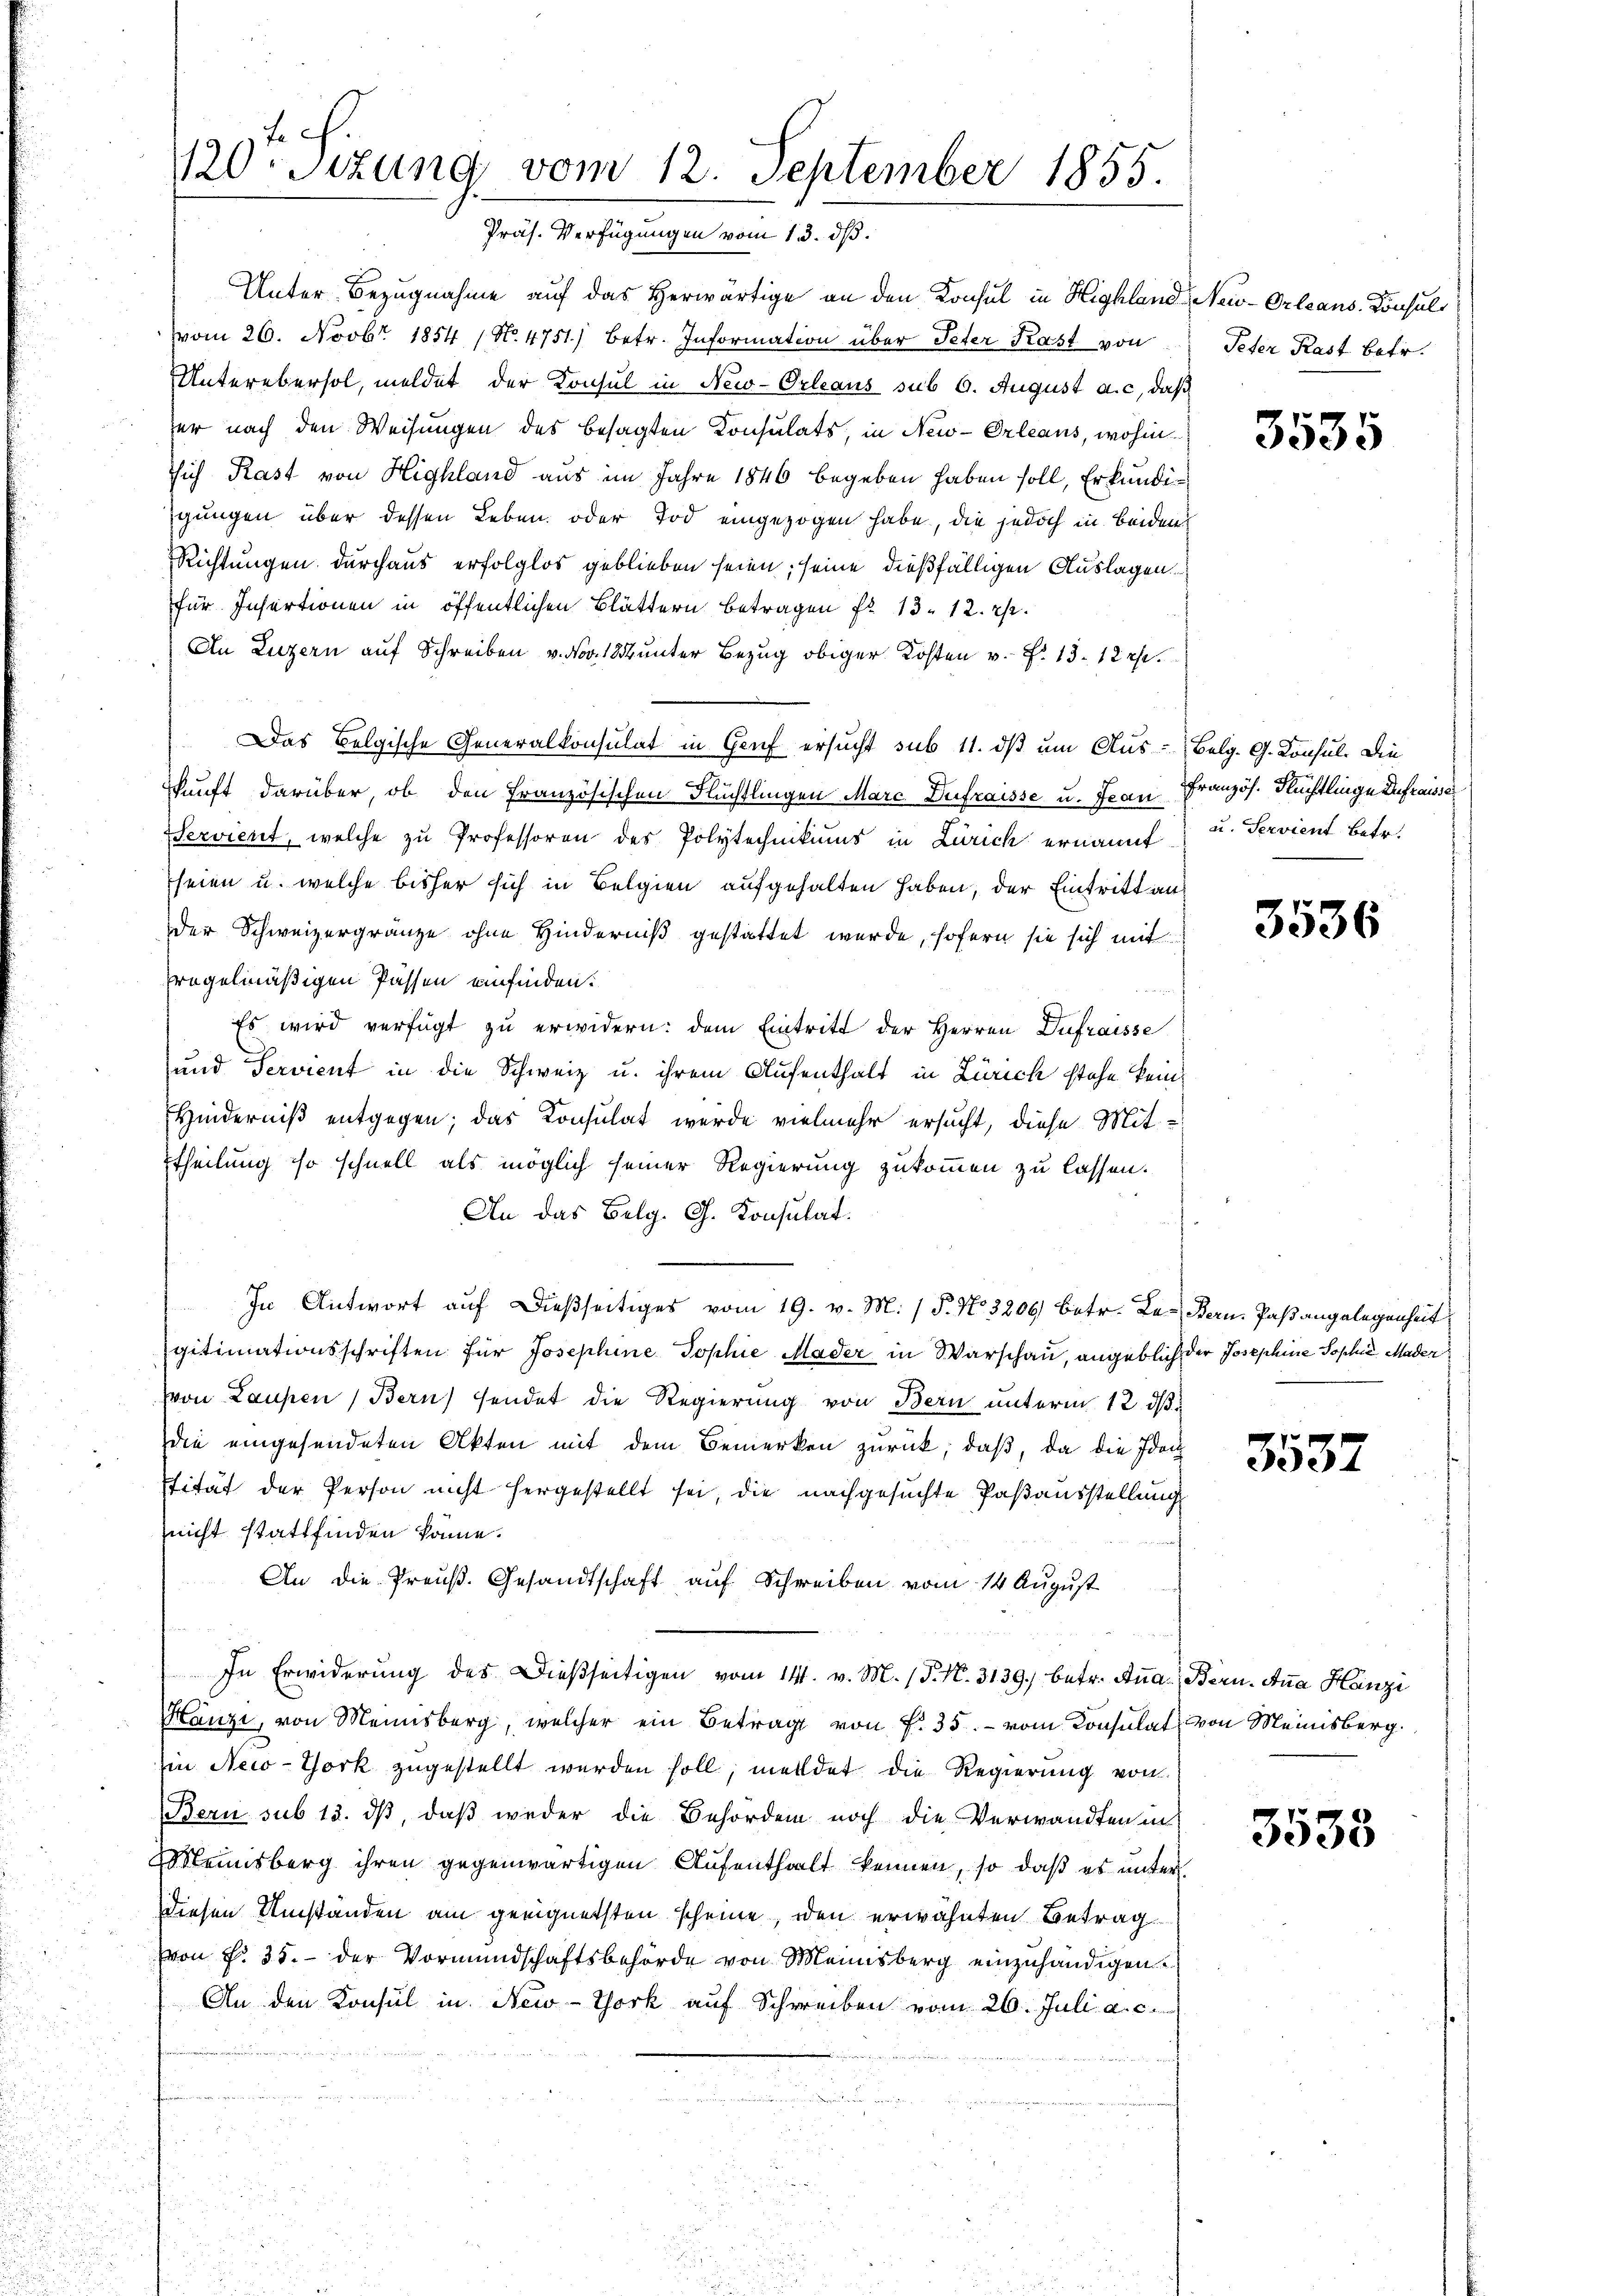
120t Sizung vom 12. September 1855.
Präs. Verfügungen vom 13. dβ.

Unter Bezugnahme auf das herwärtige an den Konsul in Highland, Neu-Orleans. Konsult
vom 26. Novbr. 1854 (N. 4751) betr. Information über Peter Kast von
Unterebersol, meldet der Konsul in New-Orleans sub 6. August a. c, daß
er nach den Weisungen des besagten Konsulats, in New-Orleans, wohin
sich Rast von Highland aus im Jahre 1846 begeben haben soll, Erkundigungen über dessen Leben oder Tod eingezogen habe, die jedoch in beiden
Richtungen durchaus erfolglos geblieben seien; seine dießfälligen Auslagen
für Insertionen in öffentlichen Blättern betragen No 13. 12. r.
An Luzern auf Schreiben v. Nov. 18 unter Bezug obiger Kosten v. P. 13. 122.
Das Belgische Generalkonsulat in Genf ersucht sub 11. ds um Aus- Belg. G. Konsul. Die
kunft darüber, ob den Französischen Flüchtlingen Marc Dufraisse u. Jean Französ. Flüchtlinge Zufraissa
Serviert, welche zu Professoren des Polytechnikums in Zürich ernannt u. Servient betr.
seien u. welche bisher sich in Belgien aufgehalten haben, der Eintritt auf
der Schweizergränze ohne Hinderniß gestattet wurde, sofern sie sich mit
fregelmäßigen Passen einfinden.
Es wird verfügt zu erwidern: dem Eintritt der Herren Dufraisse
und Servient in die Schweiz u. ihrem Aufenthalt in Zürich stehe kein
Hinderniß entgegen; das Konsulat wurde vielmehr ersucht, diese Mit-
Etheilung so schnell als möglich seiner Regierung zukommen zu lassen.
An das Belg. G. Konsulat.
In Antwort auf dießseitiges vom 19. v. M. (§. No. 3206 betr. Le-Bern Paß angelegenheit
gitimationsschriften für Josephine Sophie Mader in Warschau, angeblich der Josephine Sophie Mader
von Laupen ) Bern) sendet die Regierung von Bern unterm 12. dβ.
die eingesendeten Akten mit dem Bemerken zurück; daß, da die Iden
Stität der Person nicht hergestellt sei, die nachgesuchte Paßausstellung
nicht stattfinden könne.
An die Preuß. Gesandtschaft auf Schreiben vom 14 August
In Erwiderŭng des Dießseitigen vom 14. v. M. (T. N. 3139. betr. Aṅa Bern. Anna Hanzi
Hanze, von Menisberg, welcher ein Betrag von f. 35. vom Consulat von Meinisberg.
Iin New-York zugestellt werden soll, meldet die Regierŭng von
Bern sub 15. dß, daß weder die Behörden noch die Verwandten in
Mannisberg ihren gegenwärtigen Aufenthalt kennen, so daß es unter
diesen Umstanden am geeignetsten scheine, den erwähnten Betrag
(von No. 35. - der Vormundschaftsbehörde von Meinsberg einzuhändigen.
An den Konsul in New-York auf Schreiben vom 26. Juli a. c.

Peter Rast betr.

3535

e

3536

3537

3535